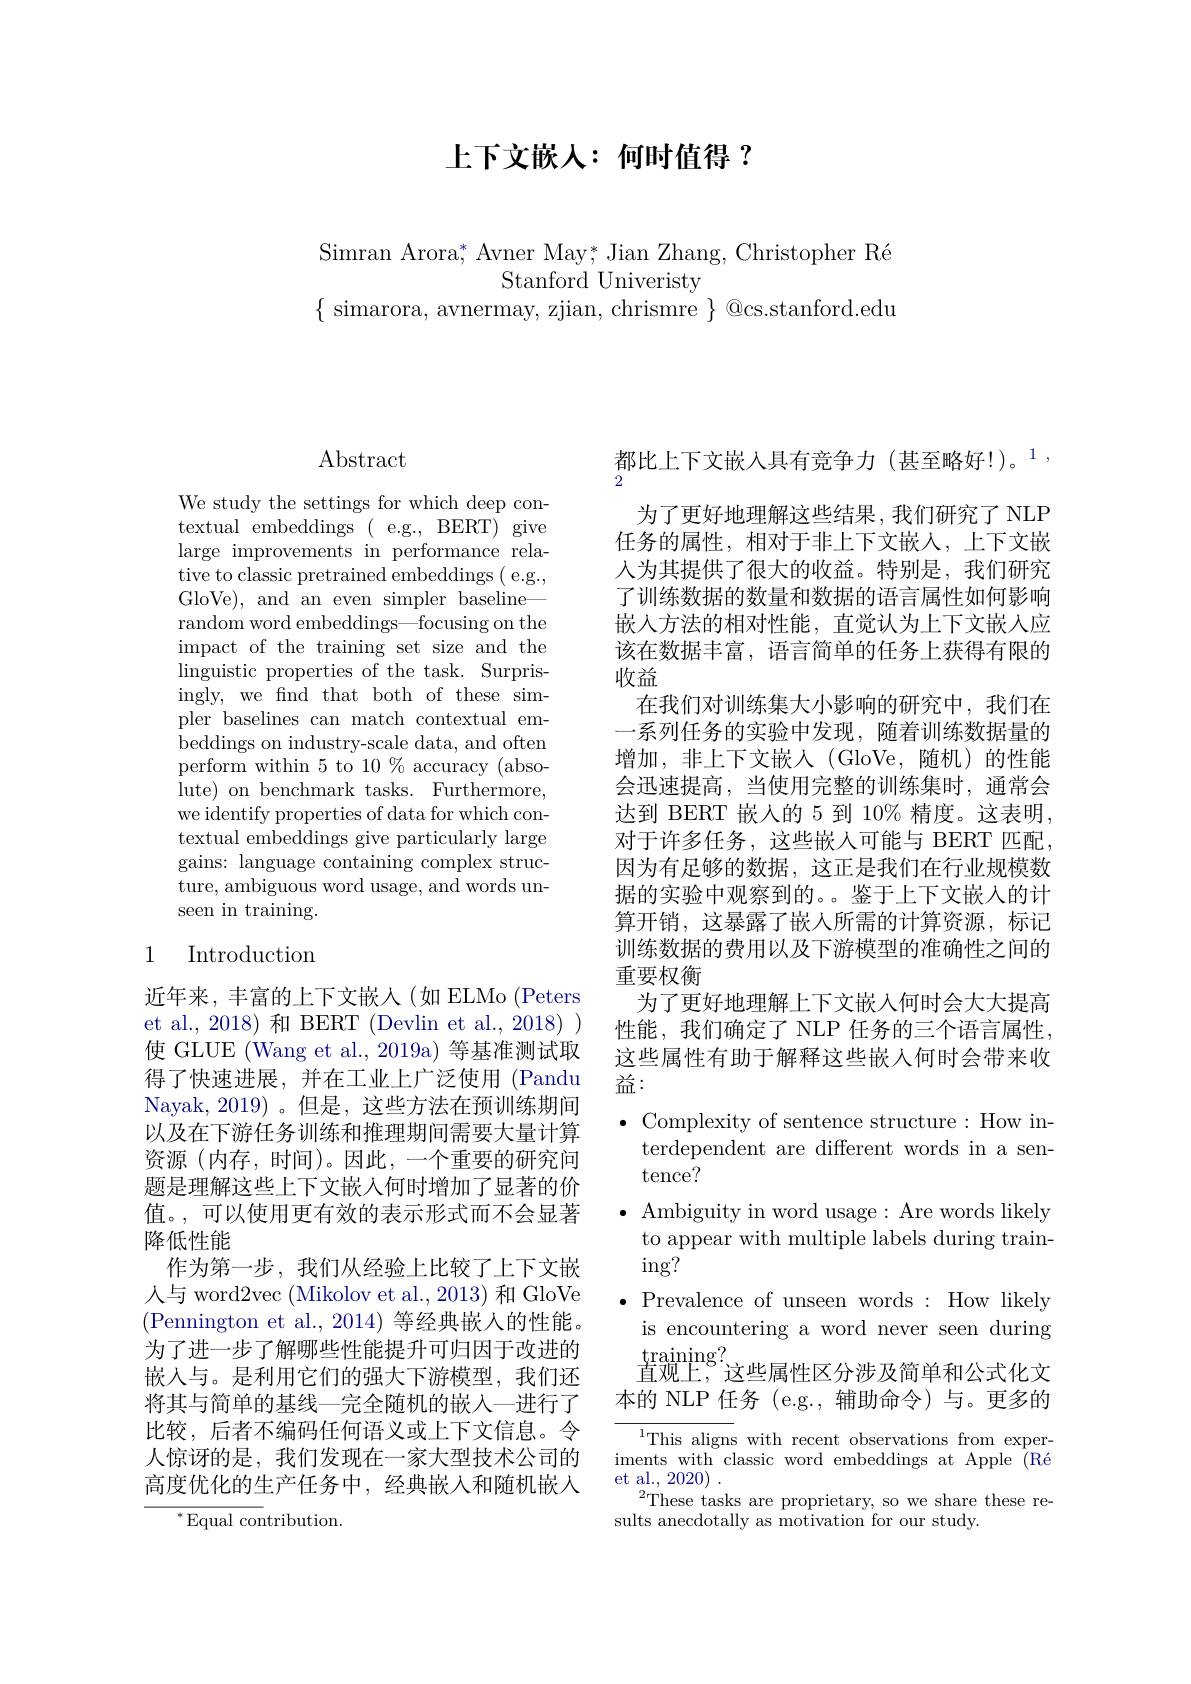
上下文嵌人：何时值得 ?

Simran Arora, Avner May; Jian Zhang, Christopher Ré
Stanford Univeristy
$\{$ simarora, avnermay, zjian, chrismre $\}$ @cs.stanford.edu

## $\operatorname{Abstract}$

We study the settings for which deep contextual embeddings ( e.g., BERT) give large improvements in performance relative to classic pretrained embeddings ( e. g. , GloVe), and an even simpler baseline— random word embeddings—focusing on the impact of the training set size and the linguistic properties of the task. Surprisingly, we find that both of these simpler baselines can match contextual embeddings on industry-scale data, and often perform within 5 to 10 % accuracy (absolute) on benchmark tasks. Furthermore, we identify properties of data for which contextual embeddings give particularly large gains: language containing complex structure, ambiguous word usage, and words unseen in training.

# 1 Introduction

近年来，丰富的上下文嵌入(如 ELMo(Peters et al., 2018) 和 BERT (Devlin et al., 2018) ) 使 GLUE (Wang et al., 2019a) 等基准测试取得了快速进展，并在工业上广泛使用 (Pandu Nayak,2019)。但是，这些方法在预训练期间以及在下游任务训练和推理期间需要大量计算资源(内存，时间)。因此，一个重要的研究问题是理解这些上下文嵌入何时增加了显著的价值。,可以使用更有效的表示形式而不会显著降低性能
作为第一步，我们从经验上比较了上下文嵌人与 word2vec (Mikolov et al., 2013) 和 GloVe (Pennington et al., 2014) 等经典嵌入的性能。为了进一步了解哪些性能提升可归因于改进的嵌入与。是利用它们的强大下游模型，我们还将其与简单的基线—完全随机的嵌入—进行了比较，后者不编码任何语义或上下文信息。令人惊讶的是，我们发现在一家大型技术公司的高度优化的生产任务中，经典嵌入和随机嵌人
${^*}{\mathrm{Equal~con}}$tribution.

都比上下文嵌入具有竞争力(甚至略好！)。1,
2
为了更好地理解这些结果，我们研究了 NLP 任务的属性，相对于非上下文嵌人，上下文嵌人为其提供了很大的收益。特别是，我们研究了训练数据的数量和数据的语言属性如何影响嵌入方法的相对性能，直觉认为上下文嵌入应该在数据丰富，语言简单的任务上获得有限的收益
在我们对训练集大小影响的研究中，我们在一系列任务的实验中发现，随着训练数据量的增加，非上下文嵌人(GloVe,随机)的性能会迅速提高，当使用完整的训练集时，通常会达到 BERT 嵌入的 5 到 10% 精度。这表明， 对于许多任务，这些嵌人可能与 BERT 匹配， 因为有足够的数据，这正是我们在行业规模数据的实验中观察到的。鉴于上下文嵌入的计算开销，这暴露了嵌人所需的计算资源，标记训练数据的费用以及下游模型的准确性之间的重要权衡
为了更好地理解上下文嵌入何时会大大提高性能，我们确定了 NLP 任务的三个语言属性， 这些属性有助于解释这些嵌入何时会带来收益：
$\bullet$ Complexity of sentence structure:How in-
terdependent are different words in a sen-
tence?
$\bullet$ Ambiguity in word usage: Are words likely
to appear with multiple labels during train-
$\operatorname{ing?}$
$\bullet$ Prevalence of unseen words:How likely is encountering a word never seen during $\underset{\text{直观上，}}{\operatorname*{\operatorname*{\operatorname*{training?}}}}{\operatorname*{\operatorname*{training?}}}_{\text{这些属性区分涉及简单和公式化文}}$
本的 NLP 任务 (e.g.,辅助命令)与。更多的
$^{1}$This aligns with recent observations from experiments with classic word embeddings at Apple (Ré et al., 2020) .
$^{2}$These tasks are proprietary, so we share these re-
sults anecdotally as motivation for our study.